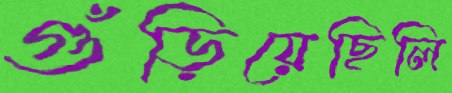
গুঁড়িয়েছিলি